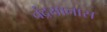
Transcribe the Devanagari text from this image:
चंद्रयानास